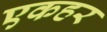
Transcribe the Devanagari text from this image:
एकहर